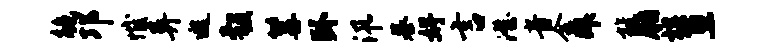
鲍邛憾异遐彀篝卧汛慕妤言澄音会拜旌脂棋亘